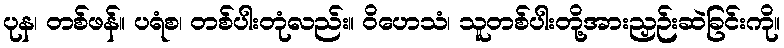
ပုန၊ တစ်ဖန်။ ပရံစ၊ တစ်ပါးတုံလည်း။ ဝိဟေသံ၊ သူတစ်ပါးတို့အားညှဉ်းဆဲခြင်းကို။